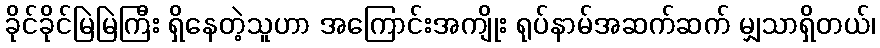
ခိုင်ခိုင်မြဲမြဲကြီး ရှိနေတဲ့သူဟာ အကြောင်းအကျိုး ရုပ်နာမ်အဆက်ဆက် မျှသာရှိတယ်၊